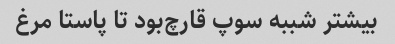
بیشتر شببه سوپ قارچ‌بود تا پاستا مرغ